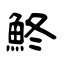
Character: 鮗